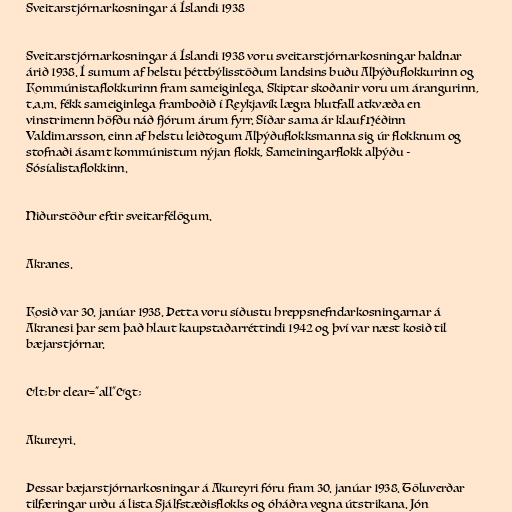
Sveitarstjórnarkosningar á Íslandi 1938

Sveitarstjórnarkosningar á Íslandi 1938 voru sveitarstjórnarkosningar haldnar
árið 1938. Í sumum af helstu þéttbýlisstöðum landsins buðu Alþýðuflokkurinn og
Kommúnistaflokkurinn fram sameiginlega. Skiptar skoðanir voru um árangurinn,
t.a.m. fékk sameiginlega framboðið í Reykjavík lægra hlutfall atkvæða en
vinstrimenn höfðu náð fjórum árum fyrr. Síðar sama ár klauf Héðinn
Valdimarsson, einn af helstu leiðtogum Alþýðuflokksmanna sig úr flokknum og
stofnaði ásamt kommúnistum nýjan flokk, Sameiningarflokk alþýðu -
Sósíalistaflokkinn.

Niðurstöður eftir sveitarfélögum.

Akranes.

Kosið var 30. janúar 1938. Þetta voru síðustu hreppsnefndarkosningarnar á
Akranesi þar sem það hlaut kaupstaðarréttindi 1942 og því var næst kosið til
bæjarstjórnar.

&lt;br clear="all"&gt;

Akureyri.

Þessar bæjarstjórnarkosningar á Akureyri fóru fram 30. janúar 1938. Töluverðar
tilfæringar urðu á lista Sjálfstæðisflokks og óháðra vegna útstrikana. Jón